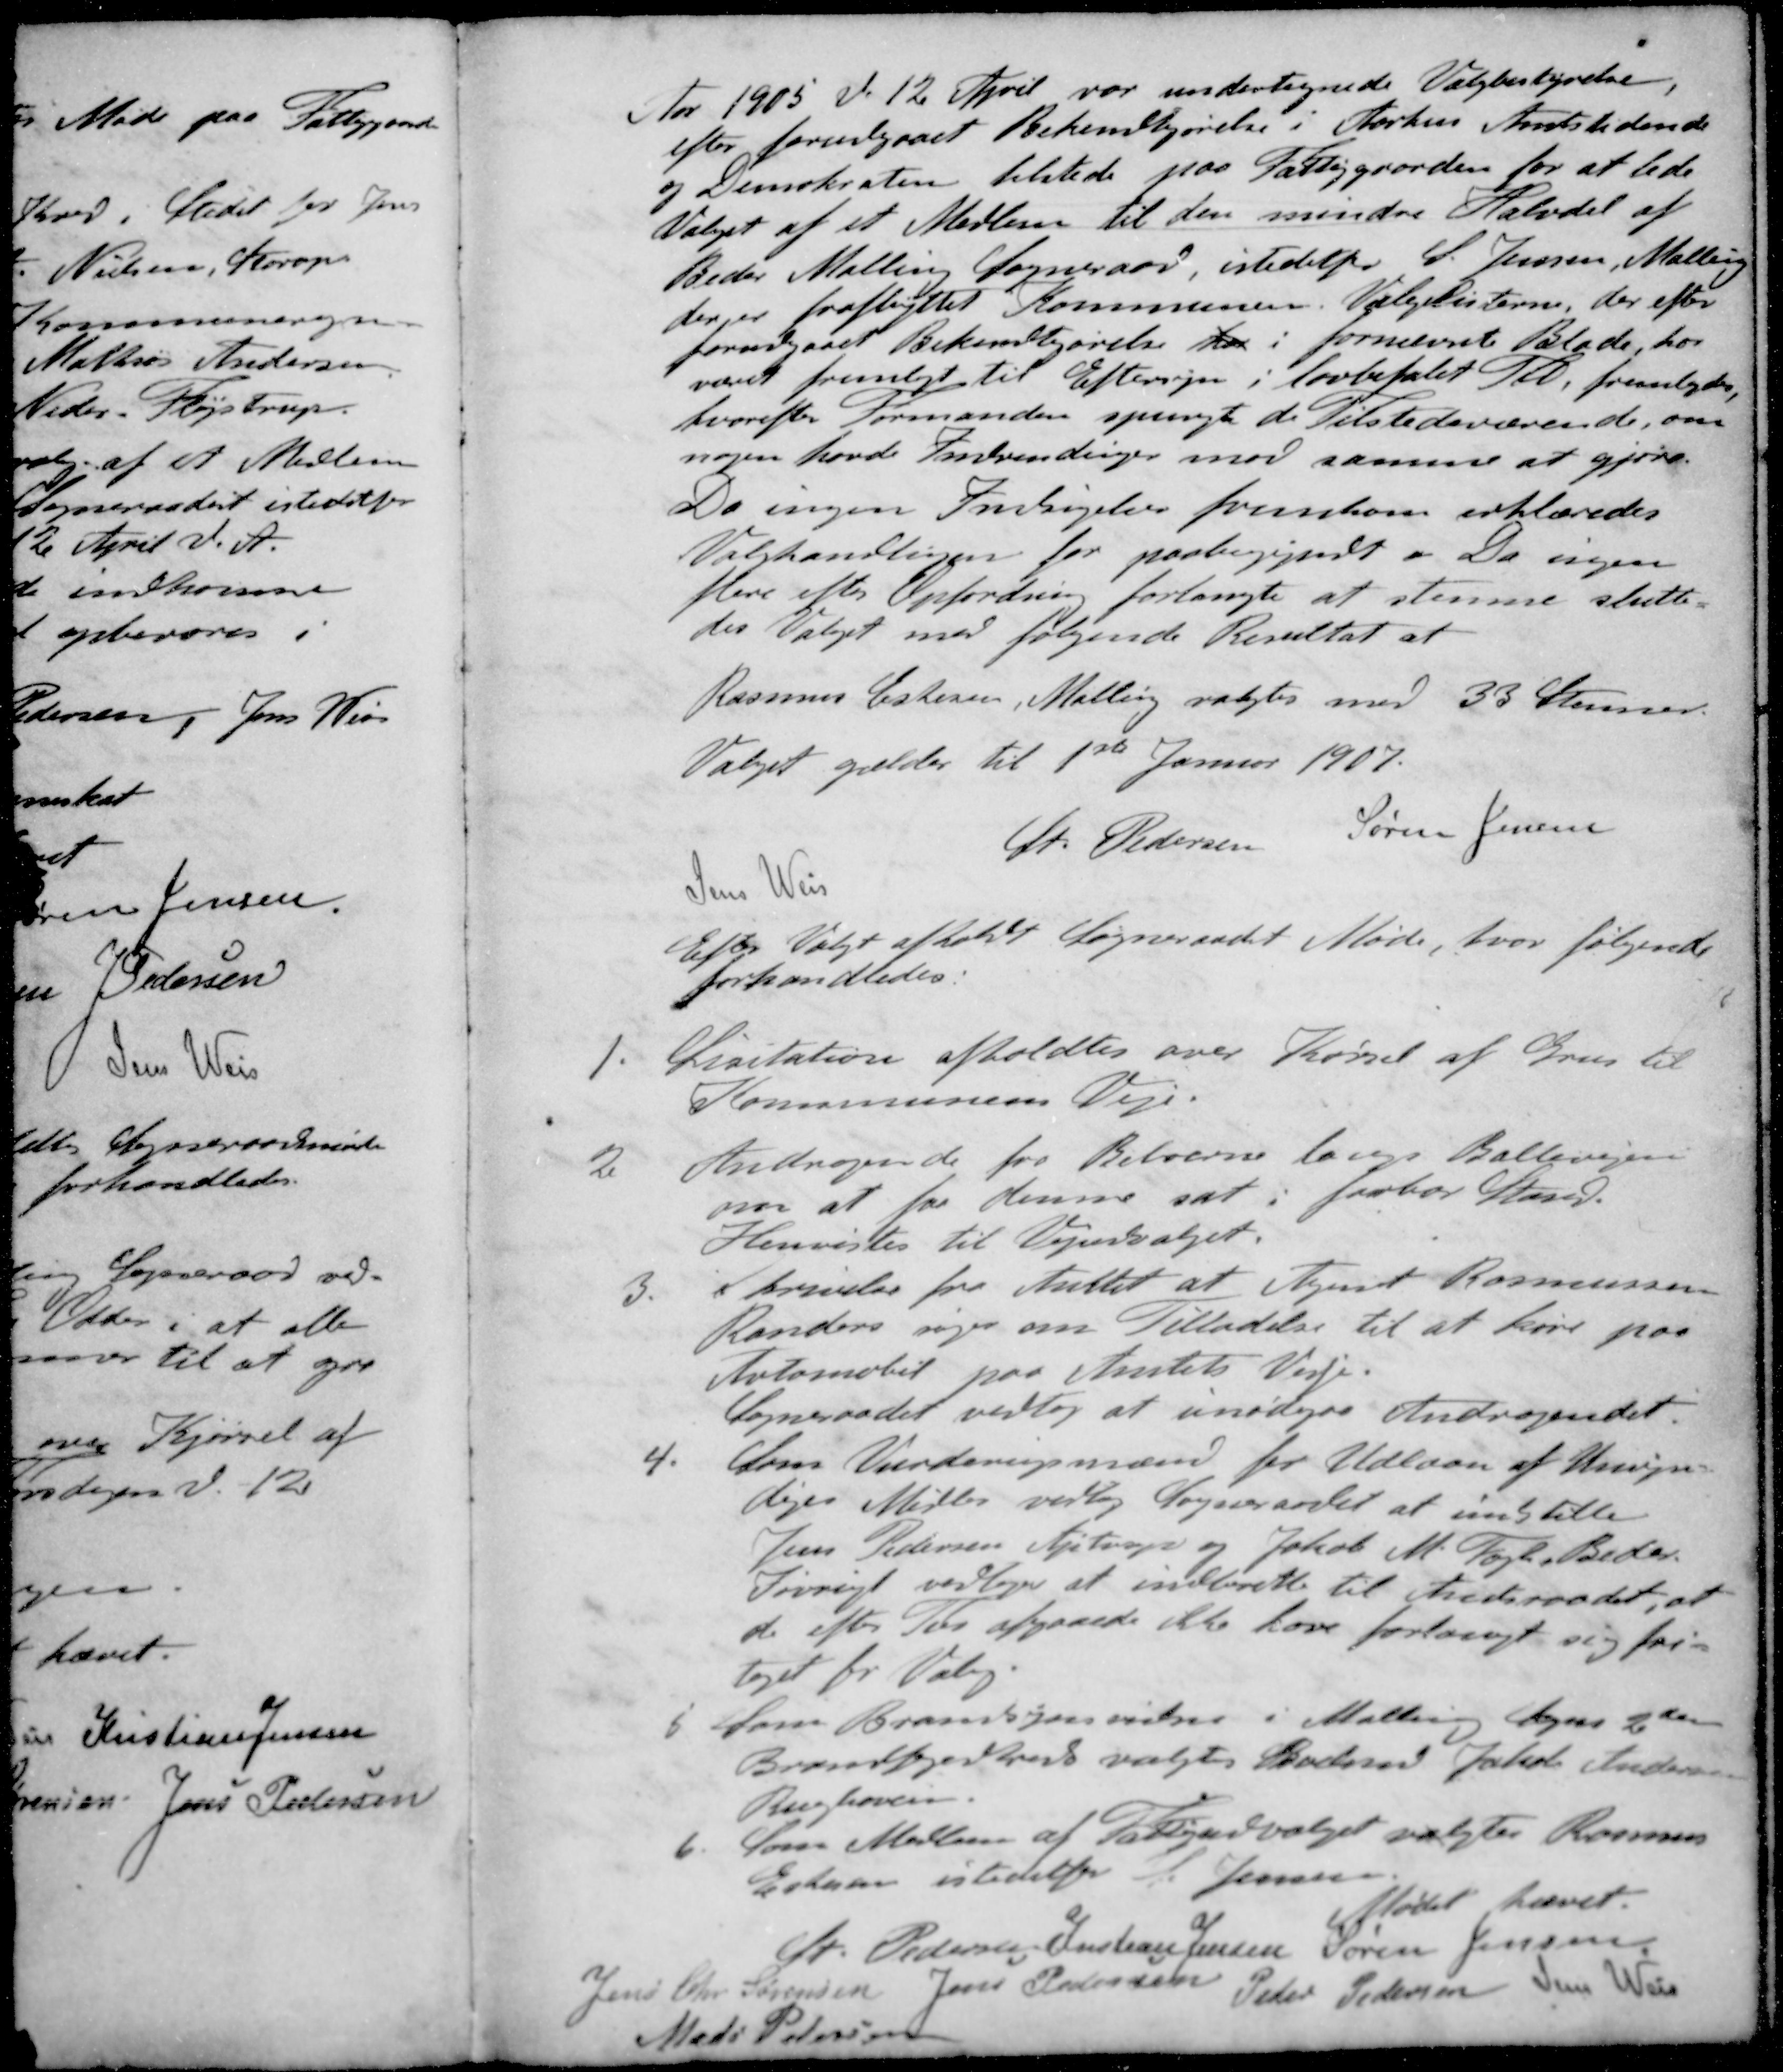
Transskription:
Aar 1905 d. 12. April var undertegnede Valgbestyrelse
efter forudgaaet Bekendtgørelse i Aarhus Amtstidende
og Demokraten tilstede paa Fattiggaarden for at lede
Valget af et Medlem til den mindre Halvdel af
Beder Malling Sogneraad, istedetfor S. Jensen, Malling
der er fraflyttet i Kommunen. Valglisterne, der efter
forudgaaet Bekendtgørelse her i fornævnte Blade, har
været fremlagt til Eftersyn i lovbefalet Tid, fremlagdes.
hvorefter Formanden spurgte de Tilstedeværende, om
nogen havde Invendinger mod samme at gjøre.
Da ingen Indsigelser fremkom erklæredes
Valghandlingen for paabegyndt. Da ingen
flere efter Opfordring forlangte at stemme slutte-
des Valget med følgende Resultat at
Rasmus Eskesen, Malling valgtes med 33 Stemmer.
Valget gælder til 1ste Januar 1907.
St Pedersen
Søren Jensen
Jens Weis
Efter Valget afholdt Sogneraadet Møde, hvor følgende
forhandledes.
1. Licitation afholdtes over Kørsel af Grus til
Kommunens Veje.
2. Andragende for Beboerne langs Ballevejen
om at for denne sat i forbar Stand.
Henvistes til Vejudvalget.
3. Skrivelse fra Amtet at Agent Rasmussen
Randers søger om Tilladelse til at køre paa
Automobil paa Amtets Veje.
Sogneraadet vedtog at imødegaa Andragendet.
4. Som Vurderingsmænd for Udlaan af Umyn-
diges Midler vedtog Sogneraadet at indstille
Jens Pedersen Ajstrup og Jakob M. Fogh Beder.
Iøvrigt vedtoges at indberette til Amtsraadet, at
de efter Tur afgaaede ikke have forlangt sig fri-
taget for Valg.
5. Som Brandsynsvidne i Malling Sogns 2den
Brandfogedkreds valgtes Bolsmd Jakob Andersen
Rughaven
6. Som Medlem af Fatigudvalget valgtes Rasmus
Eskesen istedetfor S Jensen
Mødet hævet.
St Pedersen
Kristian Jensen
Søren Jensen
Jens Chr Sørensen
Jens Pedersen
Peter Pedersen
Jens Weis
Mads Pedersen